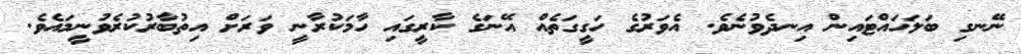
ނޭނގި ބަލަހައްޓައިން އިނދެވުނެވެ. އެވަރުގެ ހަގީގަތެއް އޭނަގެ ކާރީގައި ހާމަކުރާނީ ވަރަށް އިތުބާރުކުރެވުނީމައެވެ.